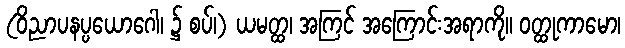
(ဝိညာပနပ္ပယောဂေါ၊ ၌ စပ်၊) ယမတ္ထ၊ အကြင် အကြောင်းအရာကို။ ဝတ္ထုကာမော၊